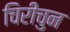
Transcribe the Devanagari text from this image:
चिरीचुन